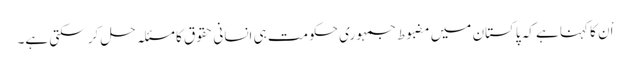
اْن کا کہنا ہے کہ پاکستان میں مضبوط جمہوری حکومت ہی انسانی حقوق کا مسئلہ حل کر سکتی ہے۔